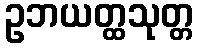
ဥဘယတ္ထသုတ္တ